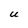
Character: U